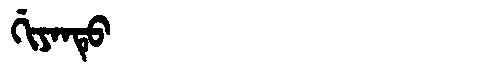
Manchu: ᡤᡳᠶᠠᠨᡨᡠ
Romanization: GIYANTU